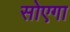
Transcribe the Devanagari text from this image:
सोएगा